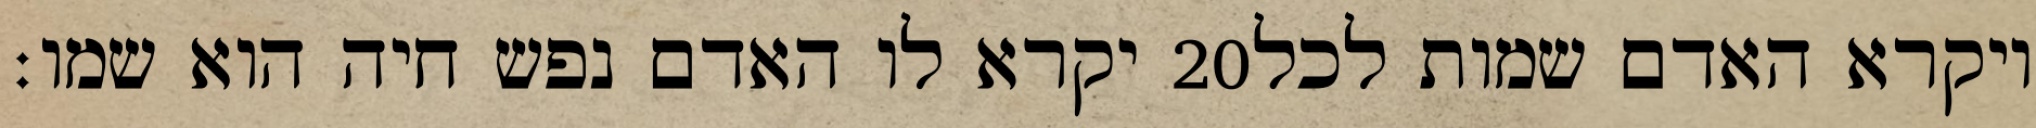
יקרא לו האדם נפש חיה הוא שמו׃ ‎20‏ ויקרא האדם שמות לכל